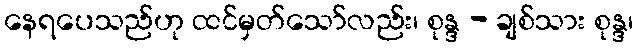
နေရပေသည်ဟု ထင်မှတ်သော်လည်း၊ စုန္ဒ - ချစ်သား စုန္ဒ၊